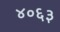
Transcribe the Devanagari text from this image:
४०६३